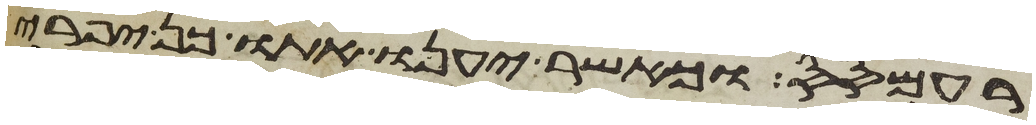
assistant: רעמסס וכאשר יענו אתו כן יפרה